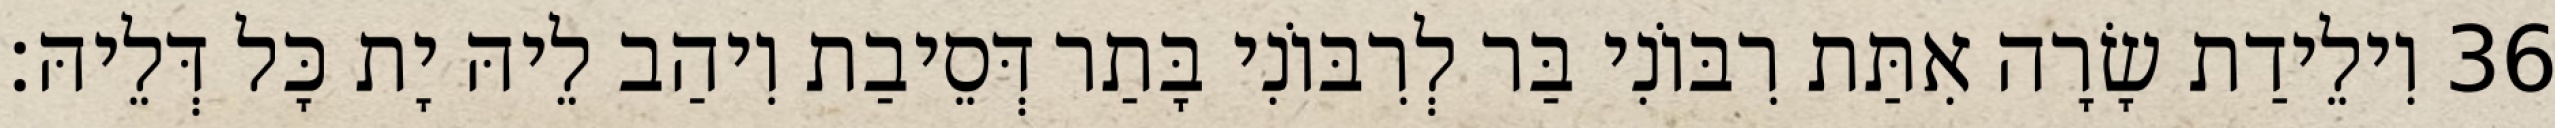
36 וִילֵידַת שָׂרָה אִתַּת רִבּוֹנִי בַּר לְרִבּוֹנִי בָּתַר דְּסֵיבַת וִיהַב לֵיהּ יָת כָּל דְּלֵיהּ׃